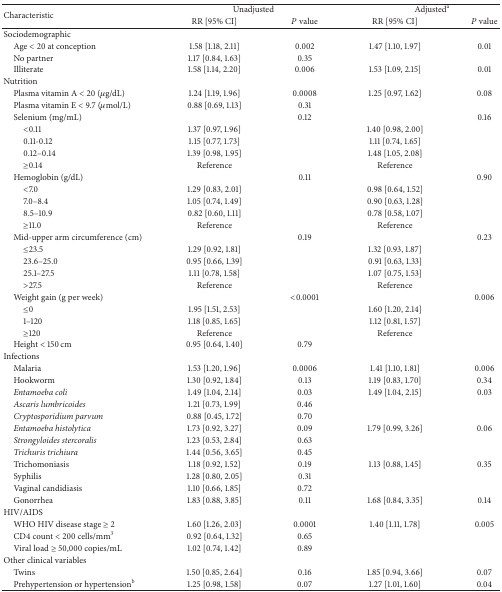
<table><thead><tr><td rowspan="2"><b>Characteristic</b></td><td colspan="2"><b>Unadjusted</b></td><td colspan="2"><b>Adjusted<sup>a</sup></b></td></tr><tr><td><b>RR [95% CI]</b></td><td><b><i>P</i> value</b></td><td><b>RR [95% CI]</b></td><td><b><i>P</i> value</b></td></tr></thead><tbody><tr><td>Sociodemographic</td><td> </td><td> </td><td> </td><td> </td></tr><tr><td> Age &lt; 20 at conception</td><td>1.58 [1.18, 2.11]</td><td>0.002</td><td>1.47 [1.10, 1.97]</td><td>0.01</td></tr><tr><td> No partner </td><td>1.17 [0.84, 1.63]</td><td>0.35</td><td> </td><td> </td></tr><tr><td> Illiterate</td><td>1.58 [1.14, 2.20]</td><td>0.006</td><td>1.53 [1.09, 2.15]</td><td>0.01</td></tr><tr><td>Nutrition</td><td> </td><td> </td><td> </td><td> </td></tr><tr><td> Plasma vitamin A &lt; 20 (<i>μ</i>g/dL)</td><td>1.24 [1.19, 1.96]</td><td>0.0008</td><td>1.25 [0.97, 1.62]</td><td>0.08</td></tr><tr><td> Plasma vitamin E &lt; 9.7 (<i>μ</i>mol/L)</td><td>0.88 [0.69, 1.13]</td><td>0.31</td><td> </td><td> </td></tr><tr><td> Selenium (mg/mL)</td><td> </td><td>0.12</td><td> </td><td>0.16</td></tr><tr><td>&lt;0.11</td><td>1.37 [0.97, 1.96]</td><td> </td><td>1.40 [0.98, 2.00]</td><td> </td></tr><tr><td>0.11-0.12</td><td>1.15 [0.77, 1.73]</td><td> </td><td>1.11 [0.74, 1.65]</td><td> </td></tr><tr><td>0.12–0.14</td><td>1.39 [0.98, 1.95]</td><td> </td><td>1.48 [1.05, 2.08]</td><td> </td></tr><tr><td>≥0.14</td><td>Reference</td><td> </td><td>Reference</td><td> </td></tr><tr><td> Hemoglobin (g/dL)</td><td> </td><td>0.11</td><td> </td><td>0.90</td></tr><tr><td>&lt;7.0</td><td>1.29 [0.83, 2.01]</td><td> </td><td>0.98 [0.64, 1.52]</td><td> </td></tr><tr><td>7.0–8.4</td><td>1.05 [0.74, 1.49] </td><td> </td><td>0.90 [0.63, 1.28]</td><td> </td></tr><tr><td>8.5–10.9 </td><td>0.82 [0.60, 1.11]</td><td> </td><td>0.78 [0.58, 1.07]</td><td> </td></tr><tr><td>≥11.0</td><td>Reference</td><td> </td><td>Reference</td><td> </td></tr><tr><td> Mid-upper arm circumference (cm)</td><td> </td><td>0.19</td><td> </td><td>0.23</td></tr><tr><td>≤23.5</td><td>1.29 [0.92, 1.81]</td><td> </td><td>1.32 [0.93, 1.87]</td><td> </td></tr><tr><td>23.6–25.0</td><td>0.95 [0.66, 1.39]</td><td> </td><td>0.91 [0.63, 1.33]</td><td> </td></tr><tr><td>25.1–27.5</td><td>1.11 [0.78, 1.58]</td><td> </td><td>1.07 [0.75, 1.53]</td><td> </td></tr><tr><td>&gt;27.5</td><td>Reference</td><td> </td><td>Reference</td><td> </td></tr><tr><td> Weight gain (g per week)</td><td> </td><td>&lt;0.0001</td><td> </td><td>0.006</td></tr><tr><td>≤0</td><td>1.95 [1.51, 2.53]</td><td> </td><td>1.60 [1.20, 2.14]</td><td> </td></tr><tr><td>1–120</td><td>1.18 [0.85, 1.65]</td><td> </td><td>1.12 [0.81, 1.57]</td><td> </td></tr><tr><td>≥120</td><td>Reference</td><td> </td><td>Reference</td><td> </td></tr><tr><td> Height &lt; 150 cm</td><td>0.95 [0.64, 1.40]</td><td>0.79</td><td> </td><td> </td></tr><tr><td>Infections</td><td> </td><td> </td><td> </td><td> </td></tr><tr><td> Malaria</td><td>1.53 [1.20, 1.96]</td><td>0.0006</td><td>1.41 [1.10, 1.81]</td><td>0.006</td></tr><tr><td> Hookworm</td><td>1.30 [0.92, 1.84]</td><td>0.13</td><td>1.19 [0.83, 1.70]</td><td>0.34</td></tr><tr><td> <i>Entamoeba coli </i></td><td>1.49 [1.04, 2.14]</td><td>0.03</td><td>1.49 [1.04, 2.15]</td><td>0.03</td></tr><tr><td> <i>Ascaris lumbricoides </i></td><td>1.21 [0.73, 1.99]</td><td>0.46</td><td> </td><td> </td></tr><tr><td> <i>Cryptosporidium parvum </i></td><td>0.88 [0.45, 1.72]</td><td>0.70</td><td> </td><td> </td></tr><tr><td> <i>Entamoeba histolytica </i></td><td>1.73 [0.92, 3.27]</td><td>0.09</td><td>1.79 [0.99, 3.26]</td><td>0.06</td></tr><tr><td> <i>Strongyloides stercoralis </i></td><td>1.23 [0.53, 2.84]</td><td>0.63</td><td> </td><td> </td></tr><tr><td> <i>Trichuris trichiura </i></td><td>1.44 [0.56, 3.65]</td><td>0.45</td><td> </td><td> </td></tr><tr><td> Trichomoniasis</td><td>1.18 [0.92, 1.52]</td><td>0.19</td><td>1.13 [0.88, 1.45]</td><td>0.35</td></tr><tr><td> Syphilis </td><td>1.28 [0.80, 2.05]</td><td>0.31</td><td> </td><td> </td></tr><tr><td> Vaginal candidiasis</td><td>1.10 [0.66, 1.85]</td><td>0.72</td><td> </td><td> </td></tr><tr><td> Gonorrhea </td><td>1.83 [0.88, 3.85]</td><td>0.11</td><td>1.68 [0.84, 3.35]</td><td>0.14</td></tr><tr><td>HIV/AIDS </td><td> </td><td> </td><td> </td><td> </td></tr><tr><td> WHO HIV disease stage ≥ 2 </td><td>1.60 [1.26, 2.03]</td><td>0.0001</td><td>1.40 [1.11, 1.78]</td><td>0.005</td></tr><tr><td> CD4 count &lt; 200 cells/mm<sup>3</sup></td><td>0.92 [0.64, 1.32]</td><td>0.65</td><td> </td><td> </td></tr><tr><td> Viral load ≥ 50,000 copies/mL</td><td>1.02 [0.74, 1.42]</td><td>0.89</td><td> </td><td> </td></tr><tr><td>Other clinical variables</td><td> </td><td> </td><td> </td><td> </td></tr><tr><td> Twins</td><td>1.50 [0.85, 2.64]</td><td>0.16</td><td>1.85 [0.94, 3.66]</td><td>0.07</td></tr><tr><td> Prehypertension or hypertension<sup>b</sup></td><td>1.25 [0.98, 1.58]</td><td>0.07</td><td>1.27 [1.01, 1.60]</td><td>0.04</td></tr></tbody></table>